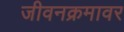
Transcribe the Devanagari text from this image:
जीवनक्रमावर